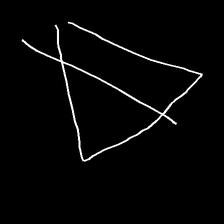
Glyph: empower